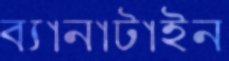
ব্যানাটাইন